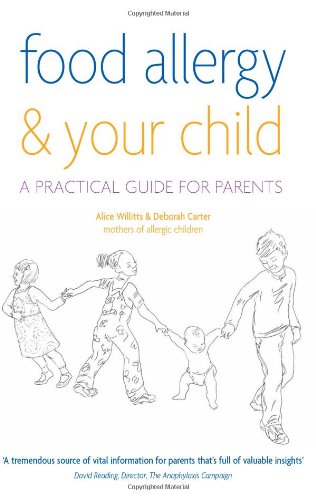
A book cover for Food Allergy and Your Child; Alice Willitts; Health, Fitness & Dieting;